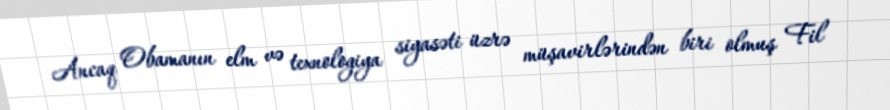
Ancaq Obamanın elm və texnologiya siyasəti üzrə müşavirlərindən biri olmuş Fil